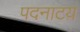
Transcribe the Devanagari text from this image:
पदनाटय़